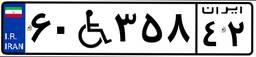
۳۷W۴۹۹۱۲